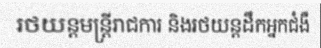
រថយន្តមន្ត្រីរាជការ និងរថយន្តដឹកអ្នកជំងឺ